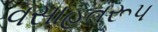
વસાહતરૂપ